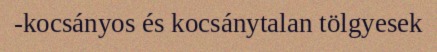
-kocsányos és kocsánytalan tölgyesek